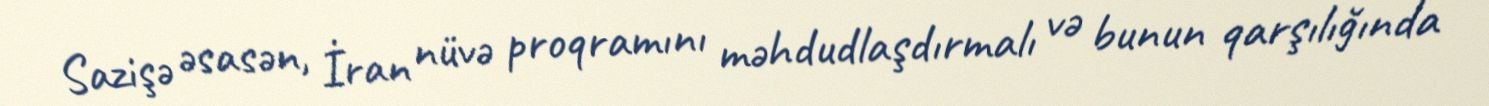
Sazişə əsasən, İran nüvə proqramını məhdudlaşdırmalı və bunun qarşılığında